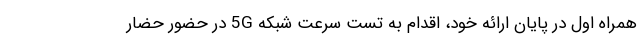
همراه اول در پایان ارائه خود، اقدام به تست سرعت شبکه 5G در حضور حضار